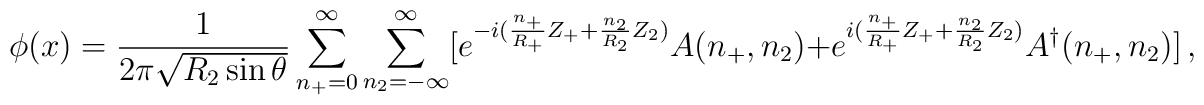
\phi(x) = \frac{1}{2\pi\sqrt{R_2 \sin\theta}}\sum_{n_+=0}^\infty\sum_{n_2=-\infty}^\infty [e^{-i(\frac{n_+}{R_+}Z_+ +\frac{n_2}{R_2}Z_2)} A(n_+,n_2)+ e^{i(\frac{n_+}{R_+}Z_+ + \frac{n_2}{R_2}Z_2)}A^\dagger(n_+,n_2){]}\,,